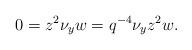
LaTeX: \begin{align*}0 = z^2 \nu_y w = q^{-4}\nu_y z^2 w.\end{align*}